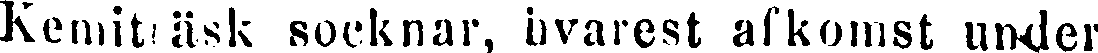
Kemiträsk socknar, hvarest afkomst under